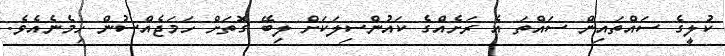
ކުލީގެ ސައްތައިން ސައްތަ އެ ރަށެއްގެ ކައުންސިލަކަށް ލިބޭ ގޮތަށް ހަމަޖެއްސުން ހިމެނެއެވެ.